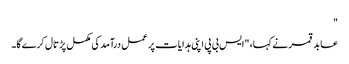
"
عابد قمر نے کہا، "ایس بی پی اپنی ہدایات پر عمل درآمد کی مکمل پڑتال کرے گا۔